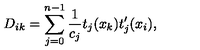
D _ { i k } = \sum _ { j = 0 } ^ { n - 1 } \frac { 1 } { c _ { j } } t _ { j } ( x _ { k } ) t _ { j } ^ { \prime } ( x _ { i } ) ,